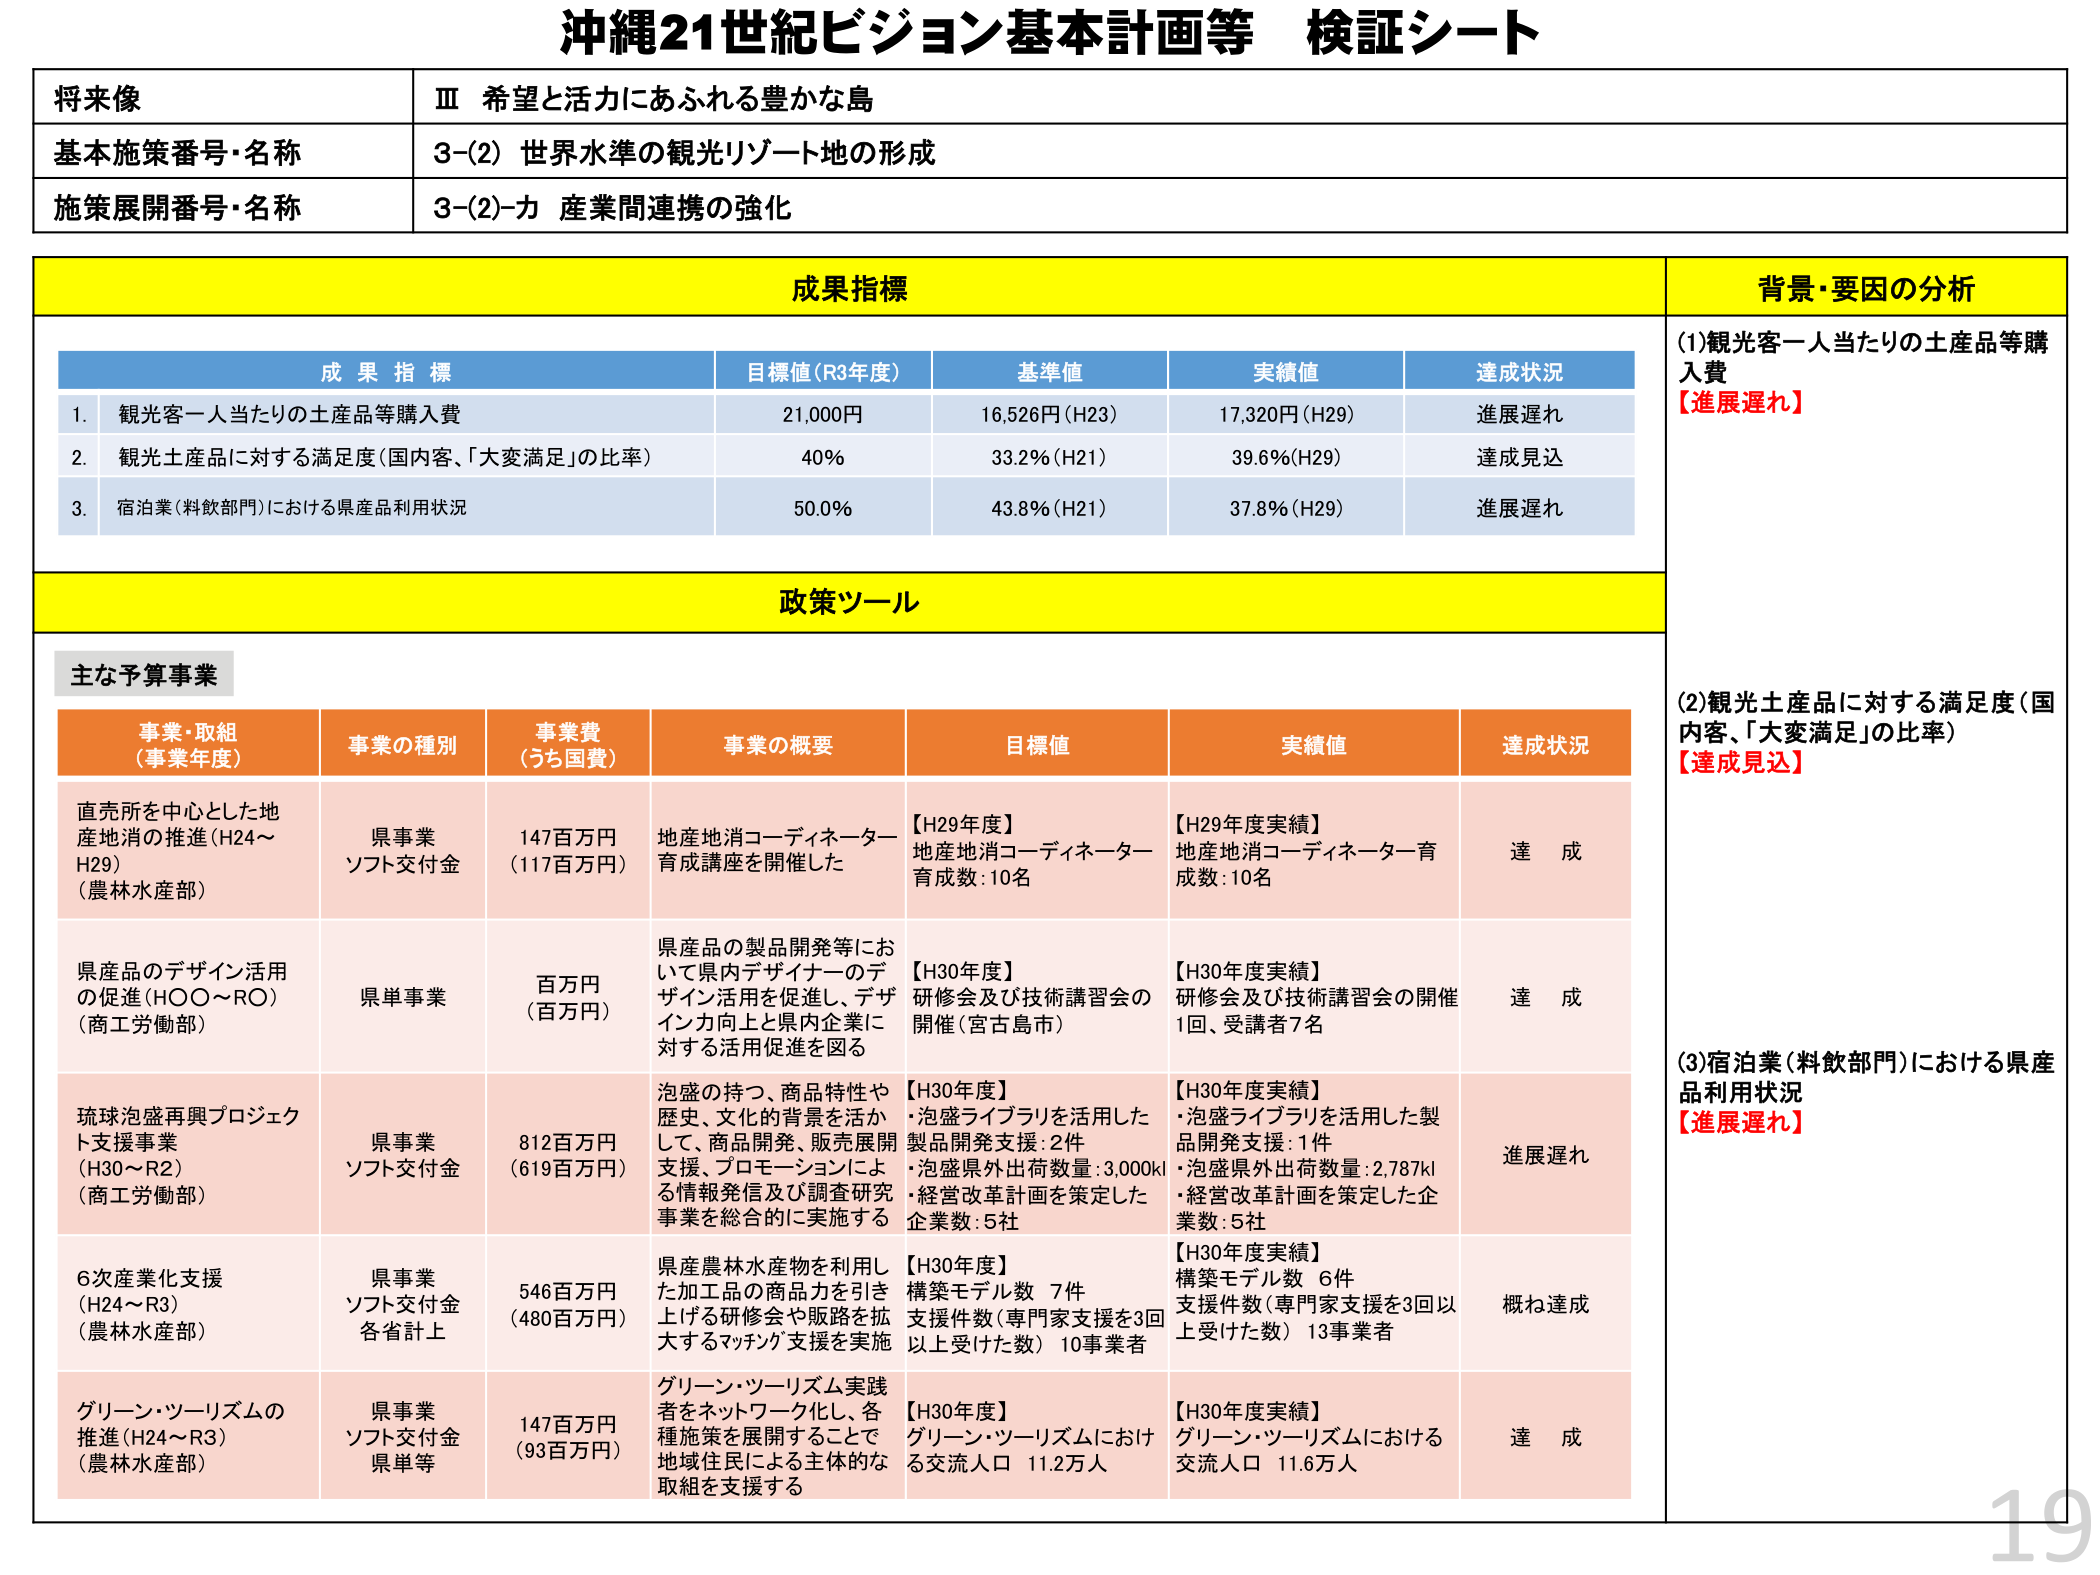
沖縄21世紀ビジョン基本計画等 検証シート

将来像
Ⅲ 希望と活力にあふれる豊かな島

基本施策番号・名称
3-(2) 世界水準の観光リゾート地の形成

施策展開番号・名称
3-(2)-カ 産業間連携の強化

成果指標

成果指標
目標値(R3年度)
基準値
実績値
達成状況

1. 観光客一人当たりの土産品等購入費
21,000円
16,526円(H23)
17,320円(H29)
進展遅れ

2. 観光土産品に対する満足度(国内客、「大変満足」の比率)
40%
33.2%(H21)
39.6%(H29)
達成見込

3. 宿泊業(料飲部門)における県産品利用状況
50.0%
43.8%(H21)
37.8%(H29)
進展遅れ

背景・要因の分析

(1)観光客一人当たりの土産品等購入費
【進展遅れ】

(2)観光土産品に対する満足度(国内客、「大変満足」の比率)
【達成見込】

(3)宿泊業(料飲部門)における県産品利用状況
【進展遅れ】

政策ツール

主な予算事業

事業・取組
(事業年度)
事業の種別
事業費
(うち国費)
事業の概要
目標値
実績値
達成状況

直売所を中心とした地産地消の推進(H24～H29)
(農林水産部)
県事業
ソフト交付金
147百万円
(117百万円)
地産地消コーディネーター育成講座を開催した
【H29年度】
地産地消コーディネーター育成数:10名
【H29年度実績】
地産地消コーディネーター育成数:10名
達成

県産品のデザイン活用の促進(HO0～RO)
(商工労働部)
県単事業
百万円
(百万円)
県産品の製品開発等において県内デザイナーのデザイン活用を促進し、デザイン力向上と県内企業に対する活用促進を図る
【H30年度】
研修会及び技術講習会の開催(宮古島市)
【H30年度実績】
研修会及び技術講習会の開催1回、受講者7名
達成

琉球泡盛再興プロジェクト支援事業
(H30～R2)
(商工労働部)
県事業
ソフト交付金
812百万円
(619百万円)
泡盛の持つ、商品特性や歴史、文化的背景を活かして、商品開発、販売展開支援、プロモーションによる情報発信及び調査研究事業を総合的に実施する
【H30年度】
・泡盛ライブラリを活用した製品開発支援:2件
・泡盛県外出荷数量:3,000kl
・経営改革計画を策定した企業数:5社
【H30年度実績】
・泡盛ライブラリを活用した製品開発支援:1件
・泡盛県外出荷数量:2,787kl
・経営改革計画を策定した企業数:5社
進展遅れ

6次産業化支援
(H24～R3)
(農林水産部)
県事業
ソフト交付金
各省計上
546百万円
(480百万円)
県産農林水産物を利用した加工品の商品力を引き上げる研修会や販路を拡大するマッチング支援を実施
【H30年度】
構築モデル数 7件
支援件数(専門家支援を3回以上受けた数) 10事業者
【H30年度実績】
構築モデル数 6件
支援件数(専門家支援を3回以上受けた数) 13事業者
概ね達成

グリーン・ツーリズムの推進(H24～R3)
(農林水産部)
県事業
ソフト交付金
県単等
147百万円
(93百万円)
グリーン・ツーリズム実践者をネットワーク化し、各種施策を展開することで地域住民による主体的な取組を支援する
【H30年度】
グリーン・ツーリズムにおける交流人口 11.2万人
【H30年度実績】
グリーン・ツーリズムにおける交流人口 11.6万人
達成

19